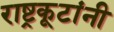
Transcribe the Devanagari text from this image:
राष्ट्रकूटांनी